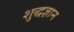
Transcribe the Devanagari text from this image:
शुद्धज्ञान